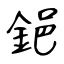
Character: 𨦺